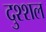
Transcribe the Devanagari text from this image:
दुश्शल